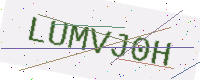
Text: LUMVJ0H